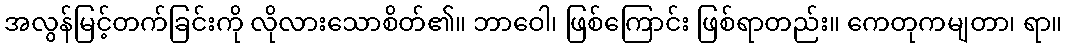
အလွန်မြင့်တက်ခြင်းကို လိုလားသောစိတ်၏။ ဘာဝေါ၊ ဖြစ်ကြောင်း ဖြစ်ရာတည်း။ ကေတုကမျတာ၊ ရာ။